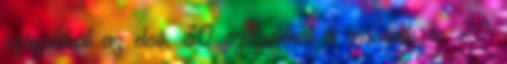
százalékát az első, 30 százalékát a második és 20